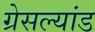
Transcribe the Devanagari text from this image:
ग्रेसल्यांड